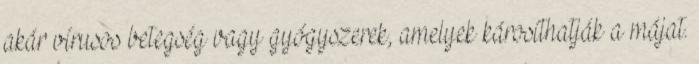
akár vírusos betegség vagy gyógyszerek, amelyek károsíthatják a májat.